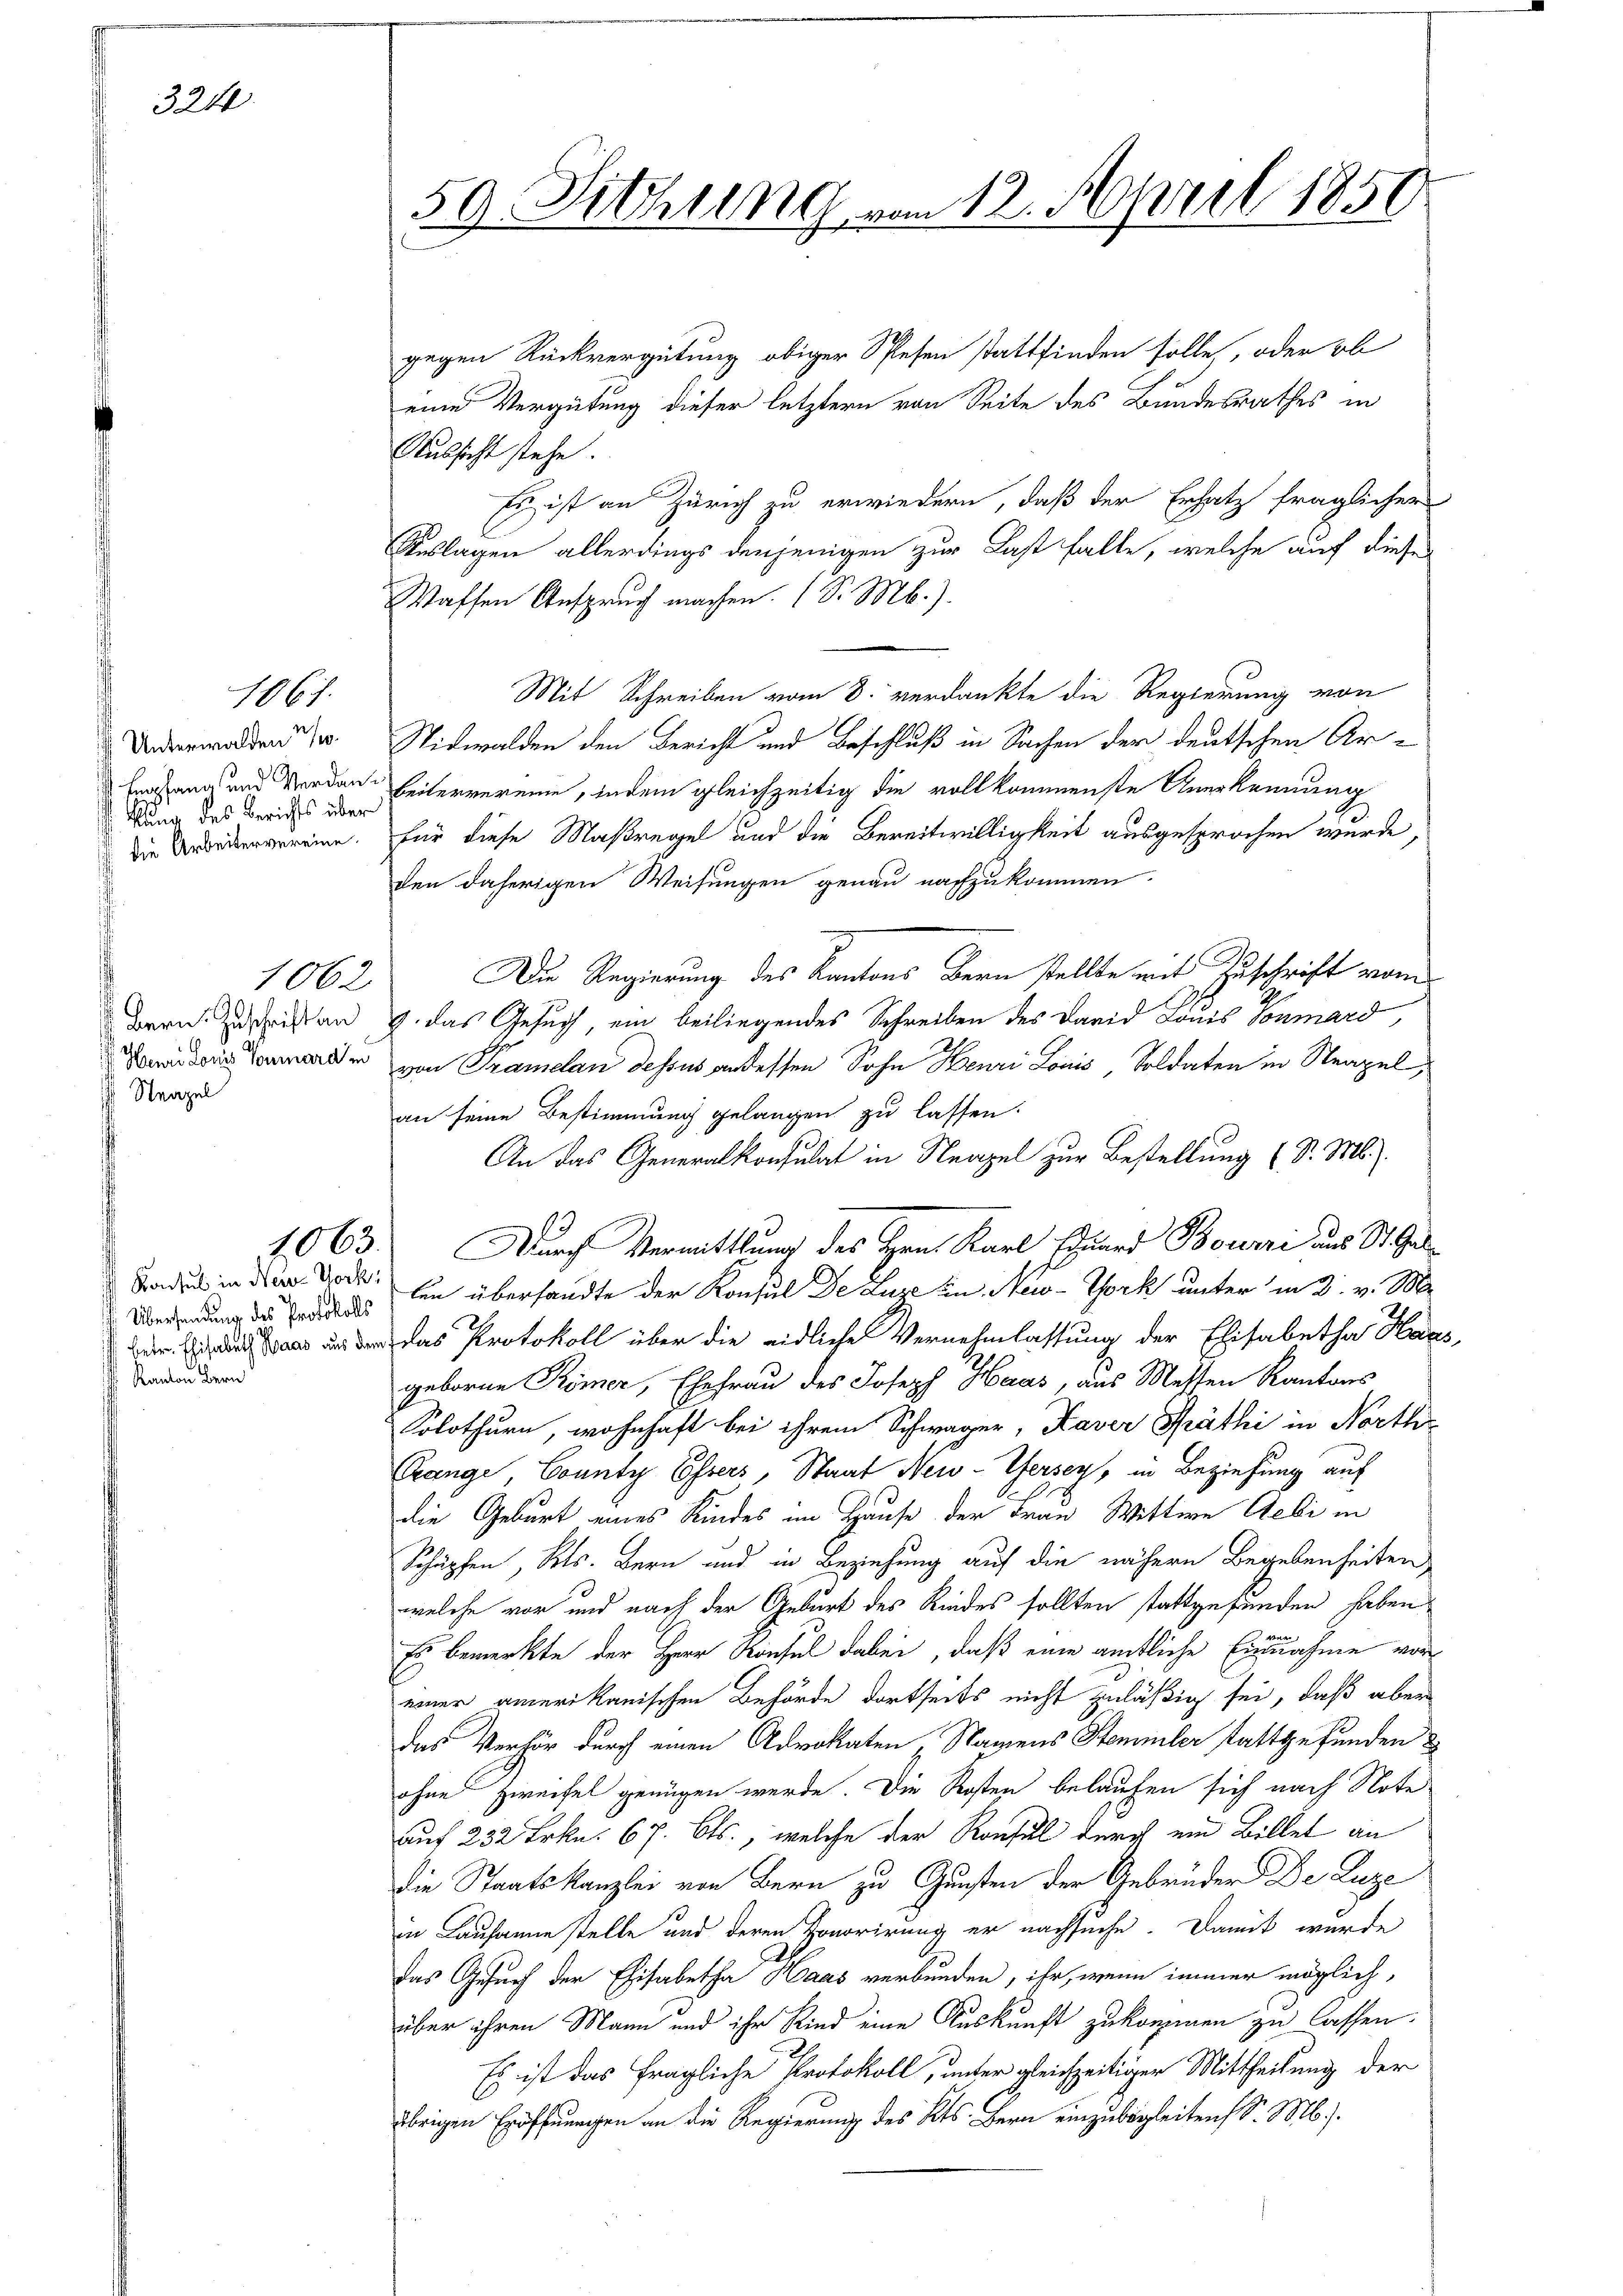
324

106 f.

Unterwalden 21.
hlung des Berichts über

Bern Zuschrift an
Steapel

1062.

1063

Übersendung des Protokolls
ift. Kanton Bern

gegen Rückvergütung obiger Spesen stattfinden solle, oder ob
eine Vergütung dieser letztern von Seite des Bundesrathes in
Aussicht stehe.
Es ist an Zürich zu erwiedern, daß der Ersatz fraglicher
Auslagen allerdings denjenigen zur Last falle, welche auf diese
Wassen Anspruch machen (S. M.).
Mit Schreiben vom 3. verdankte die Regierung von
Nidwalden den Bericht und Beschluß in Sachen der deutschen Ar¬
Empfang und Morden beitervereine, indem gleichzeitig die vollkommenste Anerkennung
die Arbeitervereine. Für diese Maßregel und die Bereitwilligkeit ausgesprochen wurde,
den daherigen Weisungen genau nachzukommen.
Die Regierung des Kantons Bern stellte mit Zuschrift vom
g. das Gesuch, ein beiliegendes Schreiben des David Louis Tonmard,
D die von Tramelan dessus andessen Sohn Henri Louis, Soldaten in Neapel,
an seine Bestimmung gelangen zu lassen.
An das Generalkonsulat in Neapel zur Bestellung (S. M.).
Durch Vermittlung des Hrn. Karl Eduard Bourri aus St. Gal
Bades in des Dock in übersandte der Konsul De Luze in New-York unter in 2. v. M.
 ich an der der das Protokoll über die eidliche Vernehmlassung der Elisabetha Haas,
geboren Römer, Ehefrau des Joseph Haas, aus Mesten Kantons
Solothurn, wohnhaft bei ihrem Schwager, Kaver Präthi in North
Crange, County Essers, Staat New-Jersey, in Beziehung auf
die Geburt eines Kindes im Hause der Frau Wittwe Aebi in
Schüpfen, Kts. Bern und in Beziehung auf die nähern Begebenheiten
welche vor und nach der Geburt des Kindes sollten stattgefunden haben,
Es bemerkte der Herr Rousel dabei, daß eine amtliche Einnahme von
einer amerikanischen Behörde dortseits nicht zuläßig sei, daß aber
das Verhör durch einen Advokaten, Namens Stammler stattgefunden
ohne Zweifel genügen werde. Die Kosten belaufen sich nach Note
auf 232 Frkn. 67. Bts., welche der Konsul durch ein Billet an
Die Staatskanzlei von Bern zu Gunsten der Gebrüder De Luze
in Lausanne stelle und deren Honorirung er nachsuche. Damit wurde
Das Gesuch der Elisabetha Haas verbunden, ihr, wenn immer möglich,
über ihren Mann und ihr Kind eine Auskunft zukommen zu lassen.
Es ist das fragliche Protokoll, unter gleichzeitiger Mittheilung der
übrigen Eröffnungen an die Regierung des Kts. Bern einzubegleiten (S. M.).

59. Sitzung vom 12. April 1850.